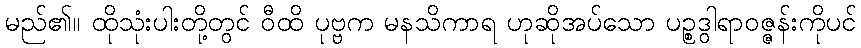
မည်၏။ ထိုသုံးပါးတို့တွင် ဝီထိ ပုဗ္ဗက မနသိကာရ ဟုဆိုအပ်သော ပဉ္စဒွါရာဝဇ္ဇန်းကိုပင်